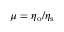
\mu = \eta _ { \mathrm { o } } / \eta _ { \mathrm { s } }